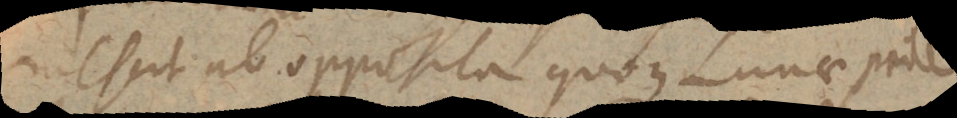
mescit ab opposita quoque Lunae parte